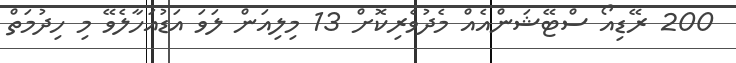
200 ރޭޑިއޯ ސްޓޭޝަންއެއް މެދުވެރިކޮށް 13 މިލިއަން ލަވަ އަޑުއަހާލެވޭ މި ހިދުމަތް